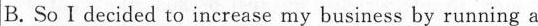
B. So I decided to increase my business by running a